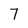
Character: 7